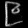
Digit: ၉